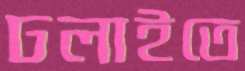
ঢলাইতে